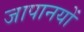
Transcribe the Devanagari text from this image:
जापानयों